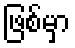
ဖြစ်မှာ